画像に写った文字を読んでください
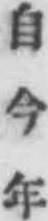
「自今年」と書いてあります